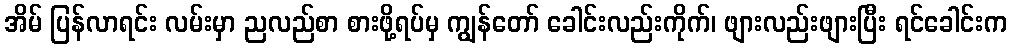
အိမ် ပြန်လာရင်း လမ်းမှာ ညလည်စာ စားဖို့ရပ်မှ ကျွန်တော် ခေါင်းလည်းကိုက်၊ ဖျားလည်းဖျားပြီး ရင်ခေါင်းက